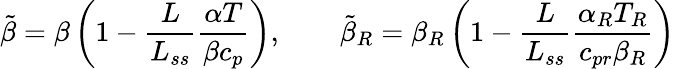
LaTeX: \tilde{\beta}=\beta\left(1-\frac{L}{L_{ss}}\frac{\alpha T}{\beta c_{p}}\right),\qquad\tilde{\beta}_{R}=\beta_{R}\left(1-\frac{L}{L_{ss}}\frac{\alpha_{R}T_{R}}{c_{pr}\beta_{R}}\right)